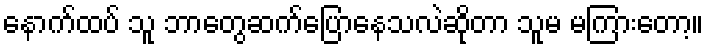
နောက်ထပ် သူ ဘာတွေဆက်ပြောနေသလဲဆိုတာ သူမ မကြားတော့။